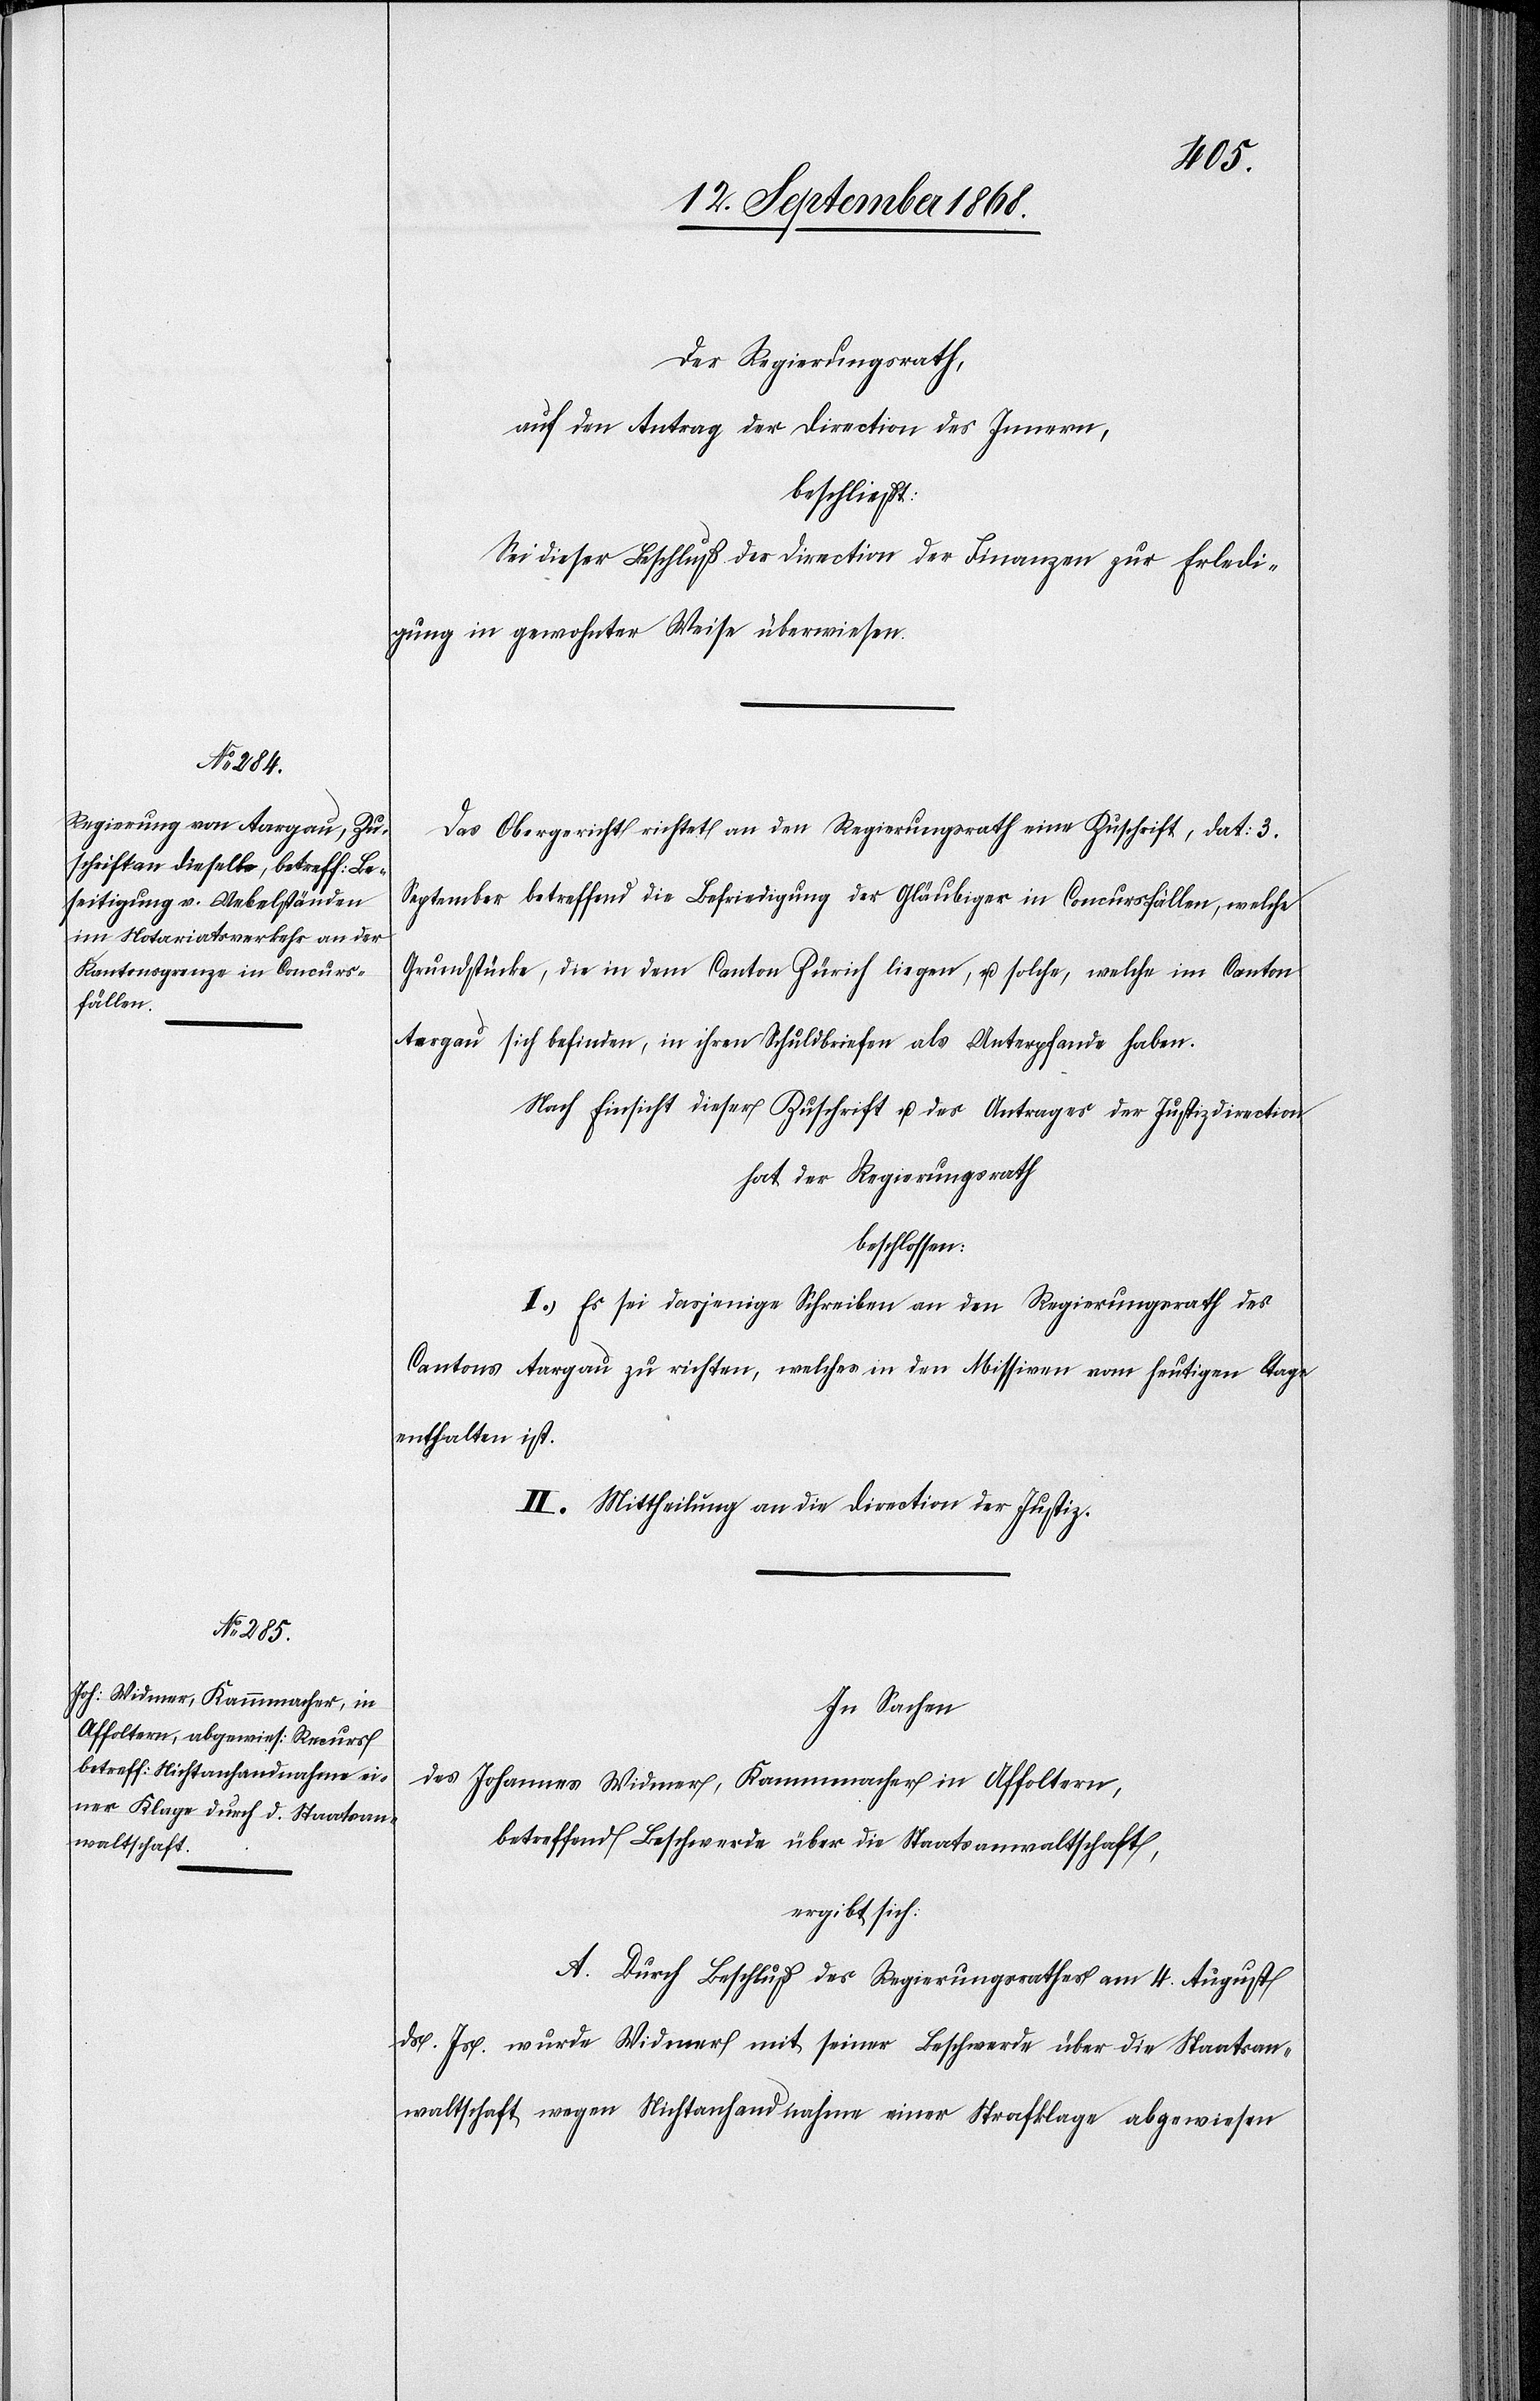
Der Regierungsrath,
auf den Antrag der Direction des Innern,
beschließt:
Sei dieser Beschluß der Direction der Finanzen zur Erledi¬
gung in gewohnter Weise überwiesen.
Das Obergericht richtet an den Regierungsrath eine Zuschrift, dat: 3.
September betreffend die Befriedigung der Gläubiger in Concursfällen, welche
Grundstücke, die in dem Canton Zürich liegen, u. solche, welche im Canton
Aargau sich befinden, in ihren Schuldbriefen als Unterpfande haben.
Nach Einsicht dieser Zuschrift u. des Antrages der Justizdirection
hat der Regierungsrath
beschlossen:
I. Es sei dasjenige Schreiben an den Regierungsrath des
Cantons Aargau zu richten, welches in den Missiven vom heutigen Tage
enthalten ist.
II. Mittheilung an die Direction der Justiz.
In Sachen
des Johannes Widmer, Kammmacher in Affoltern,
betreffend Beschwerde über die Staatsanwaltschaft,
ergibt sich:
A. Durch Beschluß des Regierungsrathes am 4. August
ds. Js. wurde Widmer mit seiner Beschwerde über die Staatsan¬
waltschaft wegen Nichtanhandnahme einer Strafklage abgewiesen